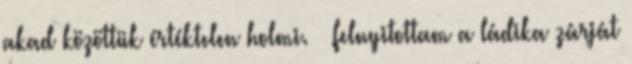
akad közöttük értéktelen holmi. – felnyitottam a ládika zárját